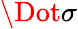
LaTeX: \Dot{\sigma}